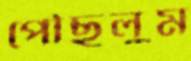
পৌঁছুলুম